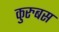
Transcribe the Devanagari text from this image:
कुरुबस